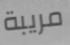
مريبة